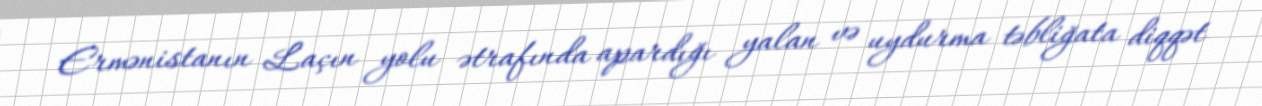
Ermənistanın Laçın yolu ətrafında apardığı yalan və uydurma təbliğata diqqət